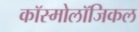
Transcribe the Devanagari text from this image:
कॉस्मोलॉजिकल